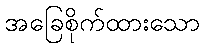
အခြေစိုက်ထားသော